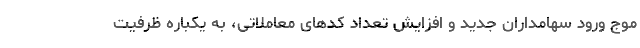
موج ورود سهامداران جدید و افزایش تعداد کدهای معاملاتی، به یکباره ظرفیت